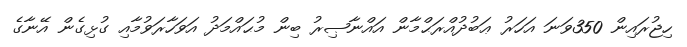
ހިޖުރައިން 350ވަނަ އަހަރު ޢަބުދުއްރަޙްމާން އައްނާޞިރު ބިން މުޙައްމަދު އަވަހާރަވުމާއި ގުޅިގެން އޭނާގެ